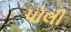
પોલી